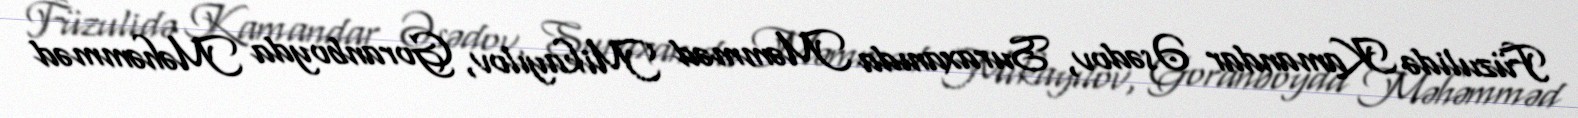
Füzulidə Kamandar Əsədov, Suraxanıda Məmməd Mikayılov, Goranboyda Məhəmməd